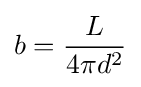
b={\frac {L}{4\pi d^{2}}}